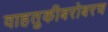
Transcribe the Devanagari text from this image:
वाहतुकीबरोबरच